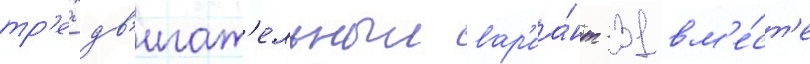
тр'ехдв'игат'ельныи вар'иа́нт -31 вм'е́ст'е